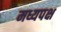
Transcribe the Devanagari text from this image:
मध्यपक्ष